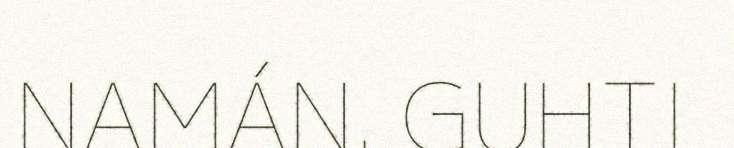
NAMÁN. GUHTI